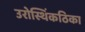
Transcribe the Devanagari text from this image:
उरोस्थिंकठिका